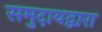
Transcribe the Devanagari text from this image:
समुदायद्वारा